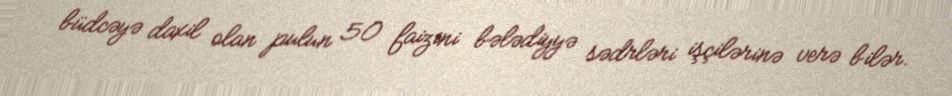
büdcəyə daxil olan pulun 50 faizini bələdiyyə sədrləri işçilərinə verə bilər.